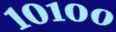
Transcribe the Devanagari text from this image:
१०१००